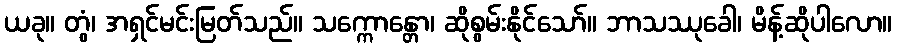
ယခု။ တွံ၊ အရှင်မင်းမြတ်သည်။ သက္ကောန္တော၊ ဆိုစွမ်းနိုင်သော်။ ဘာသဿုခေါ၊ မိန့်ဆိုပါလော။